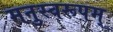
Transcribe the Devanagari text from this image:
मनुस्वरूपम्